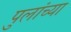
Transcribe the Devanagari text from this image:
पुलांच्या